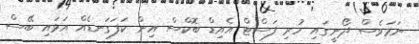
ނަމަވެސް ދޯނީގައި ހުރި ފަސްޓް އެއިޑް ބޮކްސް އިން ކަފަގަނޑެއް އަޅައި ބޭސް